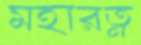
মহারত্ন